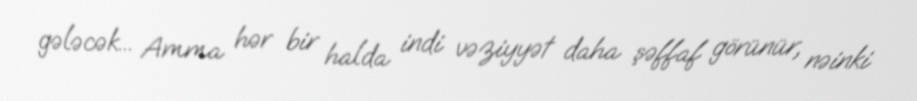
gələcək... Amma hər bir halda indi vəziyyət daha şəffaf görünür, nəinki